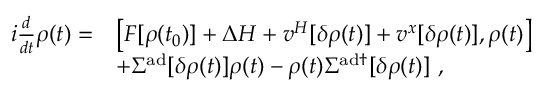
\begin{array} { r l } { i \frac { d } { d t } \rho ( t ) = } & { \big [ F [ \rho ( t _ { 0 } ) ] + \Delta H + v ^ { H } [ \delta \rho ( t ) ] + v ^ { x } [ \delta \rho ( t ) ] , \rho ( t ) \big ] } \\ & { + \Sigma ^ { \mathrm { a d } } [ \delta \rho ( t ) ] \rho ( t ) - \rho ( t ) \Sigma ^ { \mathrm { a d \dag } } [ \delta \rho ( t ) ] ~ , } \end{array}